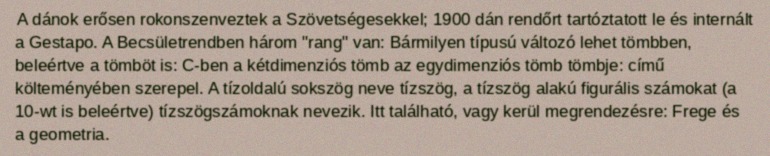
A dánok erősen rokonszenveztek a Szövetségesekkel; 1900 dán rendőrt tartóztatott le és internált a Gestapo. A Becsületrendben három "rang" van: Bármilyen típusú változó lehet tömbben, beleértve a tömböt is: C-ben a kétdimenziós tömb az egydimenziós tömb tömbje: című költeményében szerepel. A tízoldalú sokszög neve tízszög, a tízszög alakú figurális számokat (a 10-wt is beleértve) tízszögszámoknak nevezik. Itt található, vagy kerül megrendezésre: Frege és a geometria.